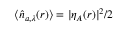
\langle \hat { n } _ { a , \lambda } ( \boldsymbol { r } ) \rangle = | \eta _ { A } ( \boldsymbol { r } ) | ^ { 2 } / 2